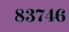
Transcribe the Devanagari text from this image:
८३७४६